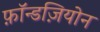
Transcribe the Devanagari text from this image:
फ़ॉन्डज़ियोन